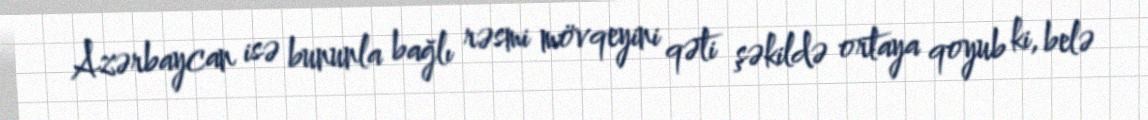
Azərbaycan isə bununla bağlı rəsmi mövqeyini qəti şəkildə ortaya qoyub ki, belə